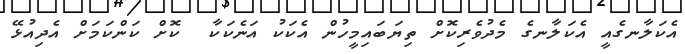
އެކަލާނގެއީ އެކަލާނގެ މެދުވެރިކޮށް ތިޔަބައިމީހުން އެކަކު އަނެކަކާ  ކޮށް ކަންކަމަށް އެދިއުޅޭ